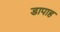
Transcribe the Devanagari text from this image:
डापाह